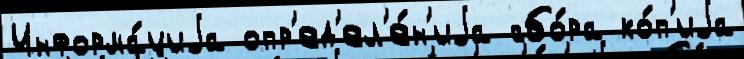
Информа́циjа опр'ед'ел'е́н'иjа сбо́ра ко́п'иjа